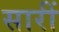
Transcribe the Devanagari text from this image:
सारीं